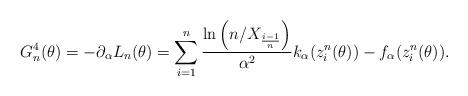
LaTeX: \begin{align*} G_n^4(\theta)= -\partial_{\alpha} L_n(\theta) = \sum_{i=1}^n \frac{\ln \left( n / X_{\frac{i-1}{n}} \right)}{\alpha^2} k_\alpha(z^n_i(\theta)) - f_\alpha(z^n_i(\theta)).\end{align*}